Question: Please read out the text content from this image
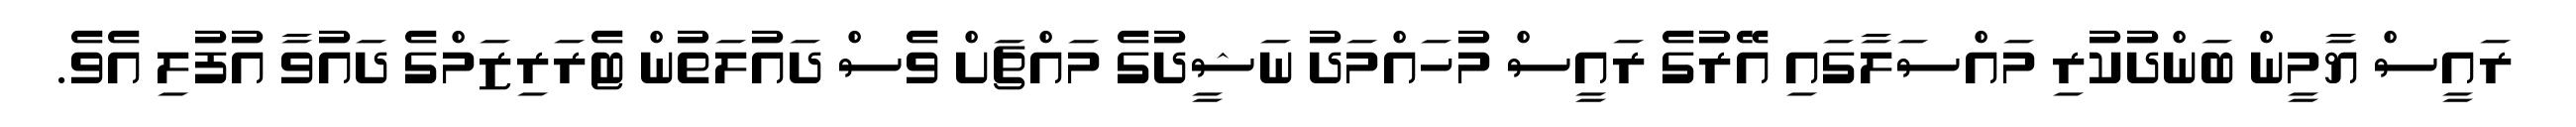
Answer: ރައީސް ޔާމީން ބަންދުކުރި މައްސަލާގައި އޭރުގެ ރައީސް މުހައްމަދު ނަޝީދުގެ މައްޗަށް ވެސް ދައުލަތުން ޓެރަރިޒަމްގެ ދައުވާ އުފުލި އެވެ.